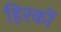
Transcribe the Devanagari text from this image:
हिरकों